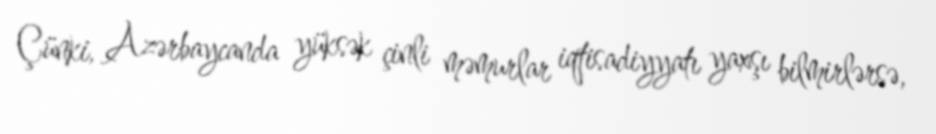
Çünki, Azərbaycanda yüksək çinli məmurlar iqtisadiyyatı yaxşı bilmirlərsə,